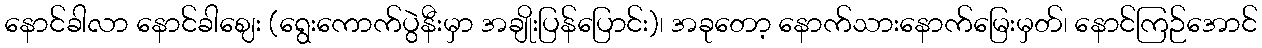
နောင်ခါလာ နောင်ခါဈေး (ရွေးကောက်ပွဲနီးမှာ အချိုးပြန်ပြောင်း)၊ အခုတော့ နောက်သားနောက်မြေးမှတ်၊ နောင်ကြဉ်အောင်